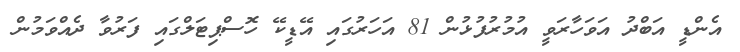
އެންޑީ އަބްދު އަވަހާރަވީ އުމުރުފުޅުން 81 އަހަރުގައި އޭޑީކޭ ހޮސްޕިޓަލްގައި ފަރުވާ ދެއްވަމުން